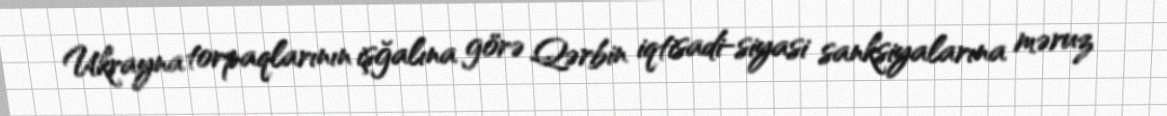
Ukrayna torpaqlarının işğalına görə Qərbin iqtisadi-siyasi sanksiyalarına məruz